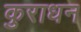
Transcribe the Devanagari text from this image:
कुराधन